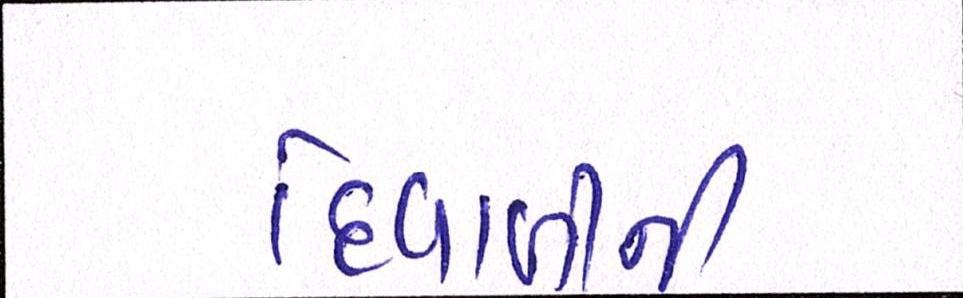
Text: દિવાળીની